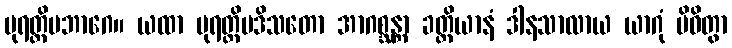
ပုရတ္ထိမဘာဂေ။ ယထာ ပုရတ္ထိမဒိသတော အာဂစ္ဆန္တာ ခတ္တိယာနံ ဒါနသာလာယ ယာဂုံ ပိဝိတွာ